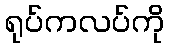
ရုပ်ကလပ်ကို